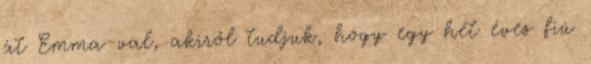
át Emma-val, akiről tudjuk, hogy egy hét éves fiú